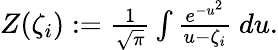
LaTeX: \begin{array}{r}{Z(\zeta_{i}):=\frac{1}{\sqrt{\pi}}\int\frac{e^{-u^{2}}}{u-\zeta_{i}}\ du.}\end{array}